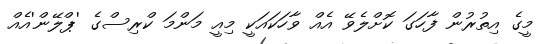
މީގެ އިތުރުން ފާހަގަ ކޮށްލެވޭ އެއް ވާހަކައަކީ މިއީ މަންމަ ކްރިސްގެ 'ޕްލޭން'އެއް